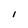
Character: I